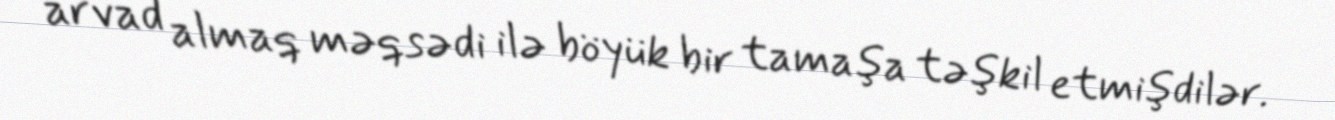
arvad almaq məqsədi ilə böyük bir tamaşa təşkil etmişdilər.